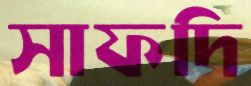
সাফদি